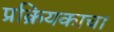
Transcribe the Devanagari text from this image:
प्रक्रियकाचा